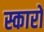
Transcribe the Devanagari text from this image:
स्कारो